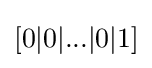
[0|0|...|0|1]